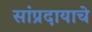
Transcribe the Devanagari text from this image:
सांप्रदायाचे